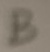
Text: B